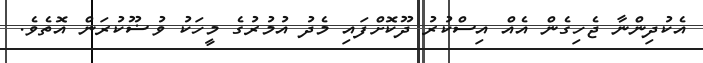
އެކުދިންނާ ޖެހިގެން އެއް އިސްކުރު ދޫކޮށްފައި މެދު އުމުރުގެ މީހަކު ވުޟޫކުރަން އޮތެވެ.